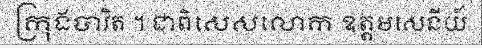
ក្រុងបាវិត ។ ជាពិសេសលោក ឧត្តមសេនីយ៍